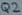
Text: Q2